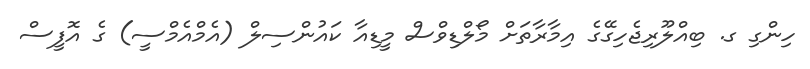
ހިންގި ގ. ބިއްލޫރިޖެހިގޭގެ އިމާރާތަށް މޯލްޑިވްސް މީޑިއާ ކައުންސިލް (އެމްއެމްސީ) ގެ އޮފީސް